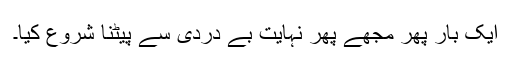
ایک بار پھر مجھے پھر نہایت بے دردی سے پیٹنا شروع کیا۔